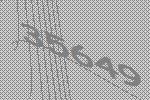
35649